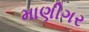
માણીગર